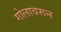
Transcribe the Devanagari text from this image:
गोलावरून